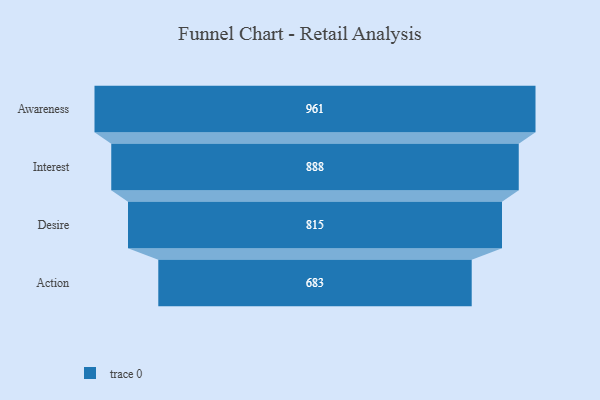
{"axis": {"x": "Stage", "y": "Value"}, "legend": [""], "data": [{"x": "Awareness", "y": 961.0, "type": ""}, {"x": "Interest", "y": 888.0, "type": ""}, {"x": "Desire", "y": 815.0, "type": ""}, {"x": "Action", "y": 683.0, "type": ""}]}